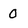
Character: 0